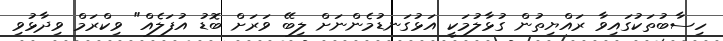
ހިސާބުތަކުގައިވާ ރައްޔިތުން ގުޅާލުމަކީ އަޅުގަނޑުމެންނަށް ލިބޭ ވަރަށް ބޮޑު އުފަލެއް" ވިކްރަމް ވިދާޅުވި